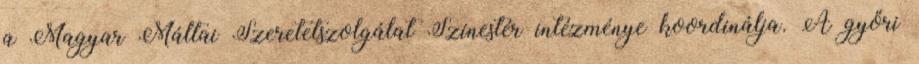
a Magyar Máltai Szeretetszolgálat Színestér intézménye koordinálja. A győri